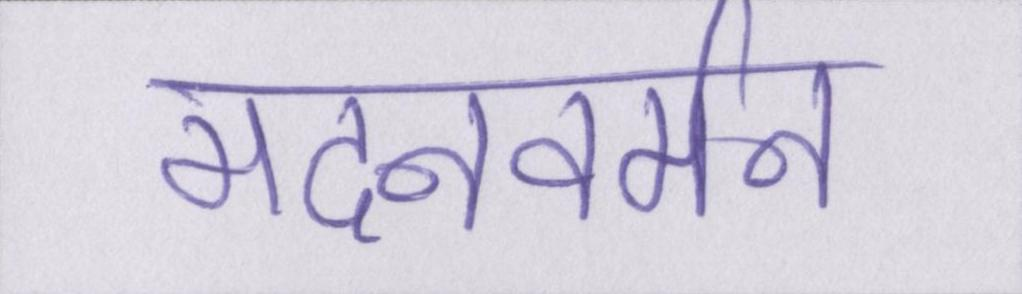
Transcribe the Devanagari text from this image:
मदनवर्मन